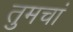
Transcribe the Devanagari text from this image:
तुमचां